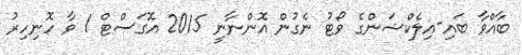
ބާއްވާ ބައި-އިލެކްޝަންގެ ވޯޓު ނެގުން އޮންނާނީ 2015 އޮގަސްޓް 1 ވާ ހޮނިހިރު